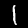
Digit: 1